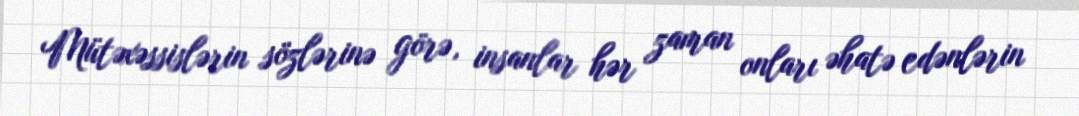
Mütəxəssislərin sözlərinə görə, insanlar hər zaman onları əhatə edənlərin